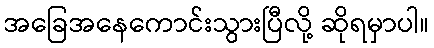
အခြေအနေကောင်းသွားပြီလို့ ဆိုရမှာပါ။